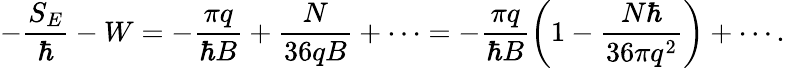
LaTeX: -\frac{S_{E}}{\hbar}-W=-\frac{\pi q}{\hbar B}+\frac{N}{36qB}+\cdots=-\frac{\pi q}{\hbar B}\biggl(1-\frac{N\hbar}{36\pi q^{2}}\biggr)+\cdots.